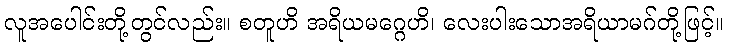
လူအပေါင်းတို့တွင်လည်း။ စတူဟိ အရိယမဂ္ဂေဟိ၊ လေးပါးသောအရိယာမဂ်တို့ဖြင့်။